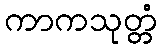
ကာကသုတ္တံ